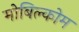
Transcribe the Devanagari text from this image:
मोबिल्कोम